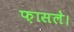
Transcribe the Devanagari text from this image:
फ़ासले।